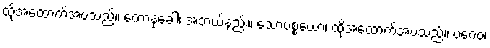
ထိုအထောက်အပံ့သည်။ ကောနုခေါ၊ အဘယ်နည်း။ သောပစ္စယော၊ ထိုအထောက်အပံ့သည်။ ပဂေဝ၊